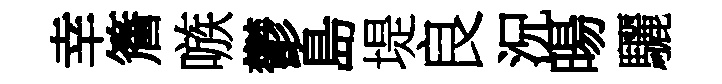
幸簷嗾鬱島堤良況暘驪